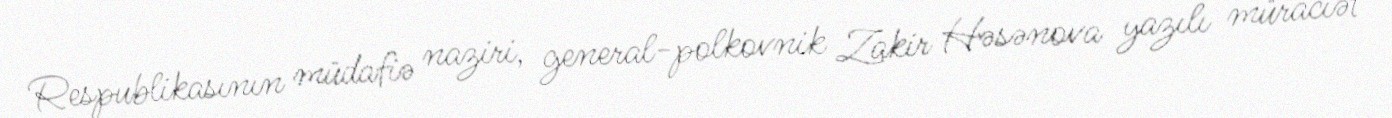
Respublikasının müdafiə naziri, general-polkovnik Zakir Həsənova yazılı müraciət